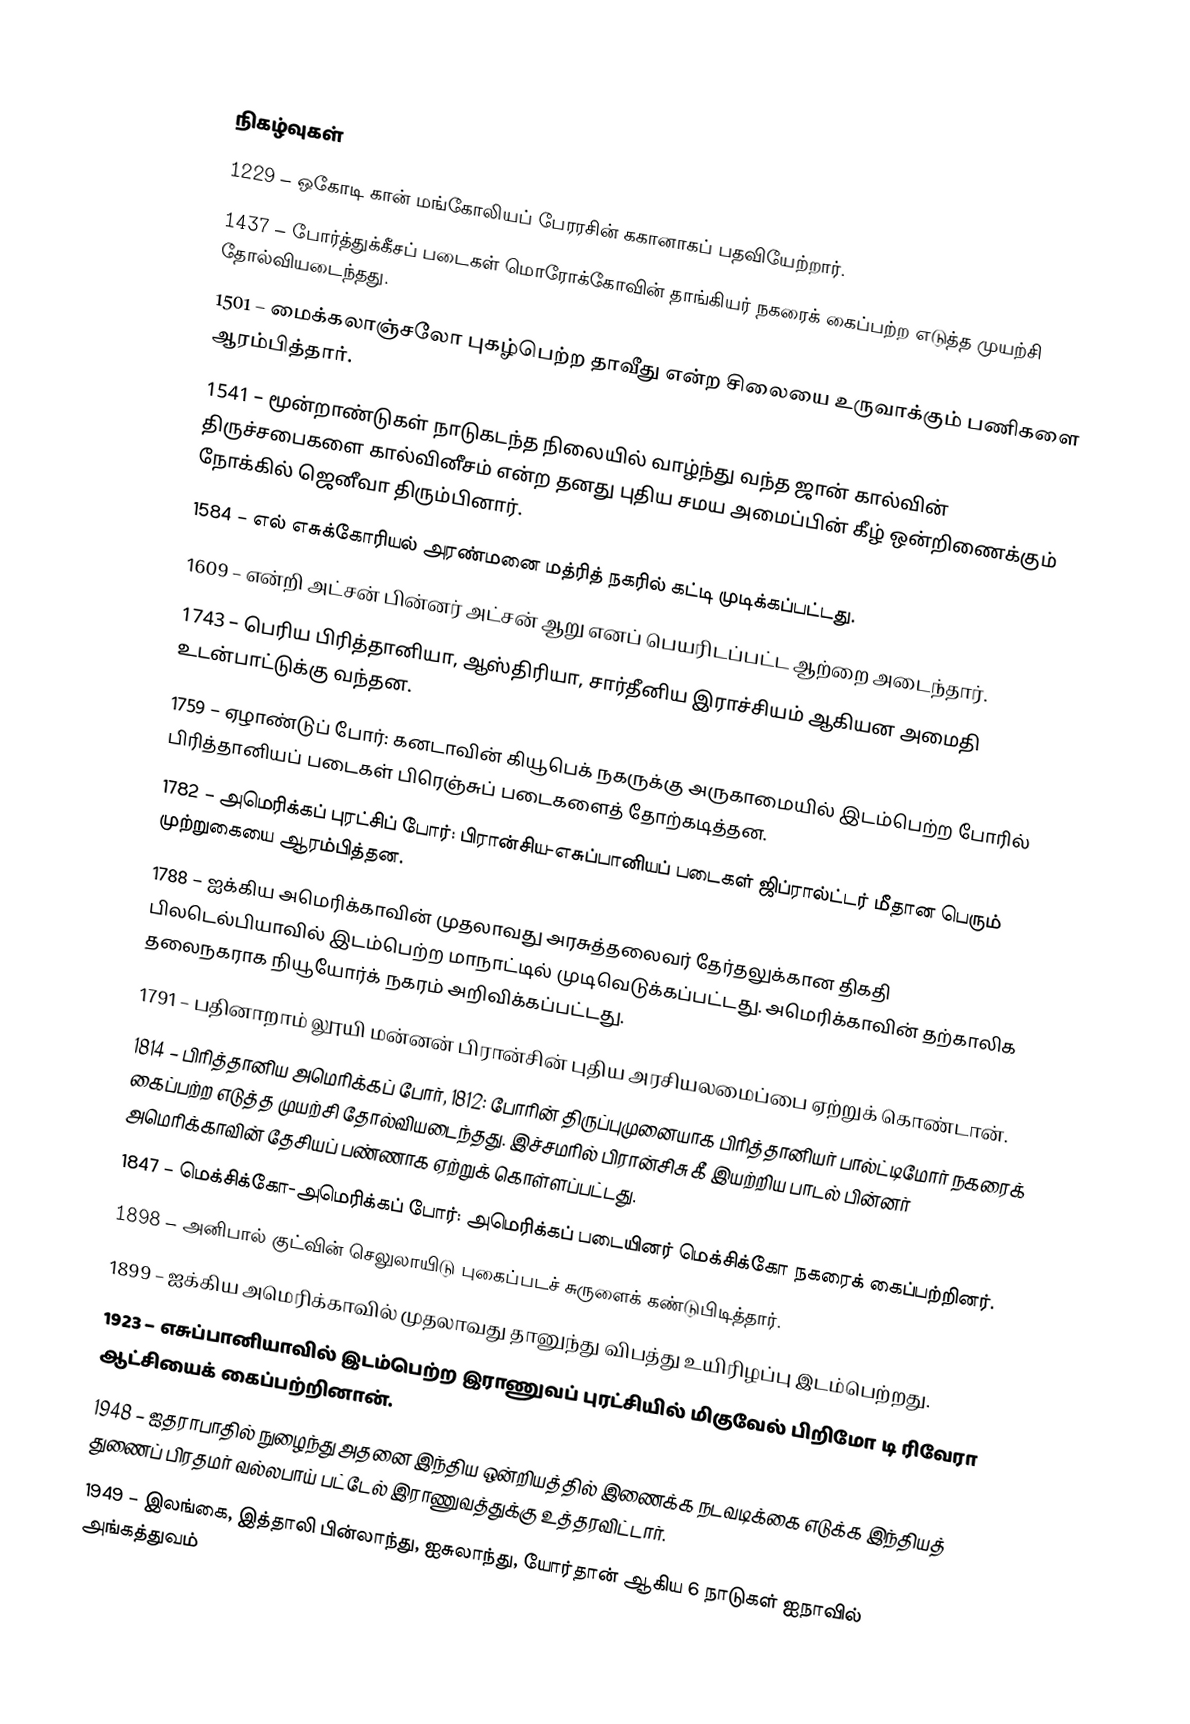

நிகழ்வுகள்
1229 – ஒகோடி கான் மங்கோலியப் பேரரசின் ககானாகப் பதவியேற்றார்.
1437 – போர்த்துக்கீசப் படைகள் மொரோக்கோவின் தாங்கியர் நகரைக் கைப்பற்ற எடுத்த முயற்சி தோல்வியடைந்தது.
1501 – மைக்கலாஞ்சலோ புகழ்பெற்ற தாவீது என்ற சிலையை உருவாக்கும் பணிகளை ஆரம்பித்தார்.
1541 – மூன்றாண்டுகள் நாடுகடந்த நிலையில் வாழ்ந்து வந்த ஜான் கால்வின் திருச்சபைகளை கால்வினீசம் என்ற தனது புதிய சமய அமைப்பின் கீழ் ஒன்றிணைக்கும் நோக்கில் ஜெனீவா திரும்பினார்.
1584 – எல் எசுக்கோரியல் அரண்மனை மத்ரித் நகரில் கட்டி முடிக்கப்பட்டது.
1609 – என்றி அட்சன் பின்னர் அட்சன் ஆறு எனப் பெயரிடப்பட்ட ஆற்றை அடைந்தார்.
1743 – பெரிய பிரித்தானியா, ஆஸ்திரியா, சார்தீனிய இராச்சியம் ஆகியன அமைதி உடன்பாட்டுக்கு வந்தன.
1759 – ஏழாண்டுப் போர்: கனடாவின் கியூபெக் நகருக்கு அருகாமையில் இடம்பெற்ற போரில் பிரித்தானியப் படைகள் பிரெஞ்சுப் படைகளைத் தோற்கடித்தன.
1782 – அமெரிக்கப் புரட்சிப் போர்: பிரான்சிய-எசுப்பானியப் படைகள் ஜிப்ரால்ட்டர் மீதான பெரும் முற்றுகையை ஆரம்பித்தன.
1788 – ஐக்கிய அமெரிக்காவின் முதலாவது அரசுத்தலைவர் தேர்தலுக்கான திகதி பிலடெல்பியாவில் இடம்பெற்ற மாநாட்டில் முடிவெடுக்கப்பட்டது. அமெரிக்காவின் தற்காலிக தலைநகராக நியூயோர்க் நகரம் அறிவிக்கப்பட்டது.
1791 – பதினாறாம் லூயி மன்னன் பிரான்சின் புதிய அரசியலமைப்பை ஏற்றுக் கொண்டான்.
1814 – பிரித்தானிய அமெரிக்கப் போர், 1812: போரின் திருப்புமுனையாக பிரித்தானியர் பால்ட்டிமோர் நகரைக் கைப்பற்ற எடுத்த முயற்சி தோல்வியடைந்தது. இச்சமரில் பிரான்சிசு கீ இயற்றிய பாடல் பின்னர் அமெரிக்காவின் தேசியப் பண்ணாக ஏற்றுக் கொள்ளப்பட்டது.
1847 – மெக்சிக்கோ-அமெரிக்கப் போர்: அமெரிக்கப் படையினர் மெக்சிக்கோ நகரைக் கைப்பற்றினர்.
1898 – அனிபால் குட்வின் செலுலாயிடு புகைப்படச் சுருளைக் கண்டுபிடித்தார்.
1899 – ஐக்கிய அமெரிக்காவில் முதலாவது தானுந்து விபத்து உயிரிழப்பு இடம்பெற்றது.
1923 – எசுப்பானியாவில் இடம்பெற்ற இராணுவப் புரட்சியில் மிகுவேல் பிறிமோ டி ரிவேரா ஆட்சியைக் கைப்பற்றினான்.
1948 – ஐதராபாதில் நுழைந்து அதனை இந்திய ஒன்றியத்தில் இணைக்க நடவடிக்கை எடுக்க இந்தியத் துணைப் பிரதமர் வல்லபாய் பட்டேல் இராணுவத்துக்கு உத்தரவிட்டார்.
1949 – இலங்கை, இத்தாலி பின்லாந்து, ஐசுலாந்து, யோர்தான் ஆகிய 6 நாடுகள் ஐநாவில் அங்கத்துவம்